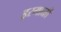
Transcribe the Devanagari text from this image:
इरमाळी